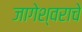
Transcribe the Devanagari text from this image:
जागेश्वराचे